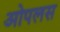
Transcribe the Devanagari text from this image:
ओपलस